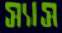
স্যাস